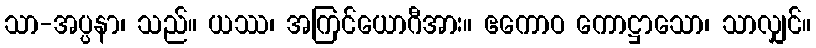
သာ-အပ္ပနာ၊ သည်။ ယဿ၊ အကြင်ယောဂီအား။ ဧကောဝ ကောဋ္ဌာသော၊ သာလျှင်။